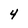
Character: 4